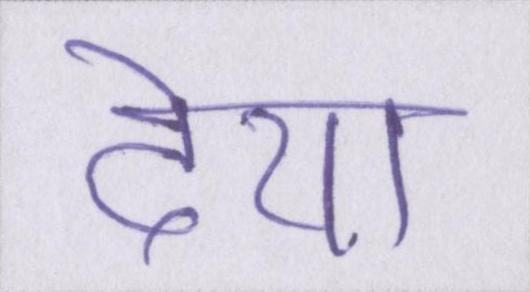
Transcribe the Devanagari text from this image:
देथा